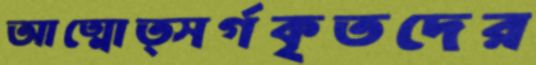
আত্মোত্সর্গকৃতদের